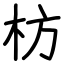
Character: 枋